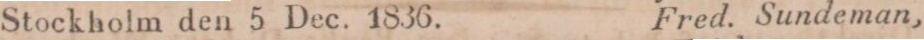
Stockholm den 5 Dec. 1836.    Fred. Sundeman,